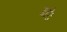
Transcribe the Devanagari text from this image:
गौरेः